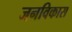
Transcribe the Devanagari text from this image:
जनविकास